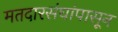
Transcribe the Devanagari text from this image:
मतदारसंघांपासून